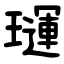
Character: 璭